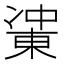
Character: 𰄋